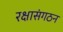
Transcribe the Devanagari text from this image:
रक्षासंगठन